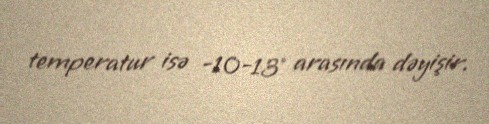
temperatur isə -10-13° arasında dəyişir.